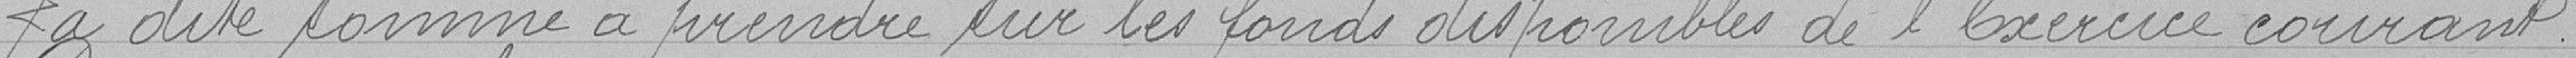
La dite somme à prendre sur les fonds disponibles de l'Exercice courant